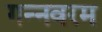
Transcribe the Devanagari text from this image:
गन्‍नवरम